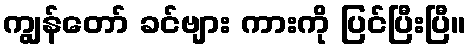
ကျွန်တော် ခင်ဗျား ကားကို ပြင်ပြီးပြီ။